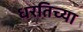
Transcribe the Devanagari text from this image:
धरतिच्या